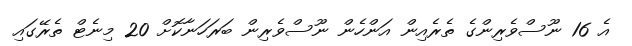
އެ 16 ނޫސްވެރިންގެ ތެރެއިން އަންހެން ނޫސްވެރިން ބަރަހަނާކޮށް 20 މިނެޓް ތެރޭގައި